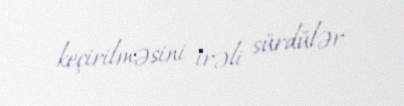
keçirilməsini irəli sürdülər.